Vaccine operations Central Provinces 1868-1885 - 1868-1885
Year: 1868
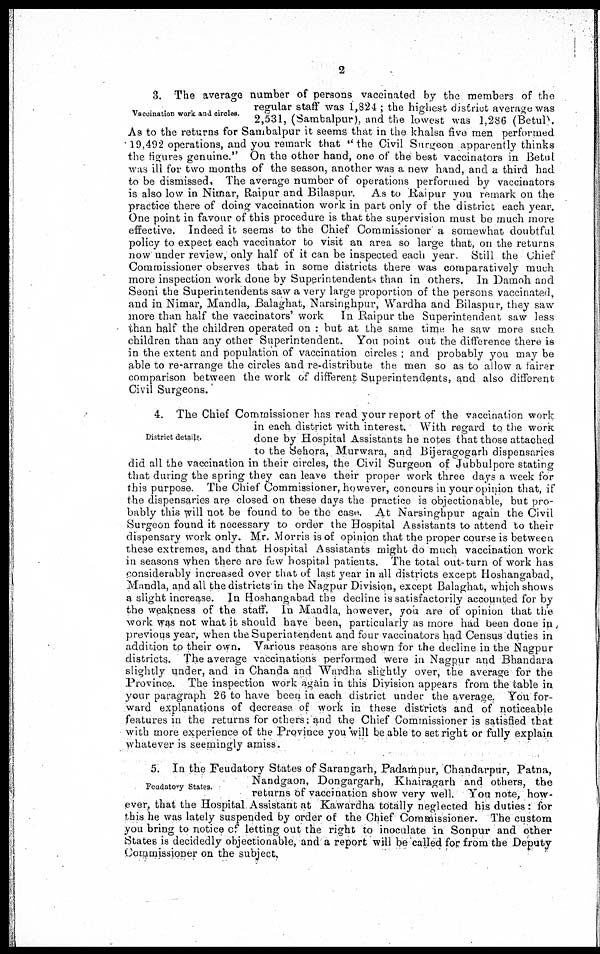
2
Vaccination work and circles.
3. The average number of persons vaccinated by the members of the
regular staff was 1,824 ; the highest district average was
2,531, (Sambalpur), and the lowest was 1,286 (Betul).
As to the returns for Sambalpur it seems that in the khalsa five men performed
19,492 operations, and you remark that " the Civil Surgeon apparently thinks
the figures genuine." On the other hand, one of the best vaccinators in Betul
was ill for two months of the season, another was a new hand, and a third had
to be dismissed. The average number of operations performed by vaccinators
is also low in Nimar, Raipur and Bilaspur. As to Raipur you remark on the
practice there of doing vaccination work in part only of the district each year.
One point in favour of this procedure is that the supervision must be much more
effective. Indeed it seems to the Chief Commissioner a somewhat doubtful
policy to expect each vaccinator to visit an area so large that, on the returns
now under review, only half of it can be inspected each year. Still the Chief
Commissioner observes that in some districts there was comparatively much
more inspection work done by Superintendents than in others. In Damoh and
Seoni the Superintendents saw a very large proportion of the persons vaccinated,
and in Nimar, Mandla, Balaghat, Narsinghpur, Wardha and Bilaspur, they saw
more than half the vaccinators' work. In Raipur the Superintendent saw less
than half the children operated on : but at the same time he saw more such
children than any other Superintendent. You point out the difference there is
in the extent and population of vaccination circles ; and probably you may be
able to re-arrange the circles and re-distribute the men so as to allow a fairer
comparison between the work of different Superintendents, and also different
Civil Surgeons.
District details.
4. The Chief Commissioner has read your report of the vaccination work
in each district with interest. With regard to the work
done by Hospital Assistants he notes that those attached
to the Sehora, Murwara, and Bijeragogarh dispensaries
did all the vaccination in their circles, the Civil Surgeon of Jubbulpore stating
that during the spring they can leave their proper work three days a week for
this purpose. The Chief Commissioner, however, concurs in your opinion that, if
the dispensaries are closed on these days the practice is objectionable, but pro-
bably this will not be found to be the case. At Narsinghpur again the Civil
Surgeon found it necessary to order the Hospital Assistants to attend to their
dispensary work only. Mr. Morris is of opinion that the proper course is between
these extremes, and that Hospital Assistants might do much vaccination work
in seasons when there are few hospital patients. The total out-turn of work has
considerably increased over that of last year in all districts except Hoshangabad,
Mandla, and all the districts in the Nagpur Division, except Balaghat, which shows
a slight increase. In Hoshangabad the decline is satisfactorily accounted for by
the weakness of the staff. In Mandla, however, you are of opinion that the
work was not what it should have been, particularly as more had been done in
previous year, when the Superintendent and four vaccinators had Census duties in
addition to their own. Various reasons are shown for the decline in the Nagpur
districts. The average vaccinations performed were in Nagpur and Bhandara
slightly under, and in Chanda and Wardha slightly over, the average for the
Province. The inspection work again in this Division appears from the table in
your paragraph 26 to have been in each district under the average. You for-
ward explanations of decrease of work in these districts and of noticeable
features in the returns for others; and the Chief Commissioner is satisfied that
with more experience of the Province you will be able to set right or fully explain
whatever is seemingly amiss.
Feudatory States.
5. In the Feudatory States of Sarangarh, Padampur, Chandarpur, Patna,
Nandgaon, Dongargarh, Khairagarh and others, the
returns of vaccination show very well. You note, how-
ever, that the Hospital Assistant at Kawardha totally neglected his duties : for
this he was lately suspended by order of the Chief Commissioner. The custom
you bring to notice of letting out the right to inoculate in Sonpur and other
States is decidedly objectionable, and a report will be called for from the Deputy
Commissioner on the subject.